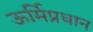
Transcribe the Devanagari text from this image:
ऊर्मिप्रधान